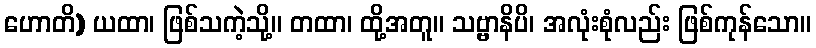
ဟောတိ) ယထာ၊ ဖြစ်သကဲ့သို့။ တထာ၊ ထို့အတူ။ သဗ္ဗာနိပိ၊ အလုံးစုံလည်း ဖြစ်ကုန်သော။